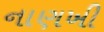
નાણખી